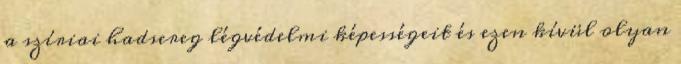
a szíriai hadsereg légvédelmi képességeit és ezen kívül olyan